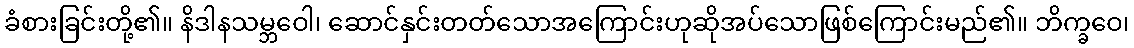
ခံစားခြင်းတို့၏။ နိဒါနသမ္ဘဝေါ၊ ဆောင်နှင်းတတ်သောအကြောင်းဟုဆိုအပ်သောဖြစ်ကြောင်းမည်၏။ ဘိက္ခဝေ၊